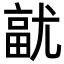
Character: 𭕓